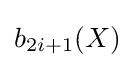
b_{2i+1}(X)